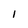
Character: 1